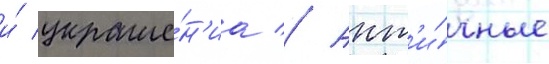
и́ украше́н'иа // Ант'и́чные